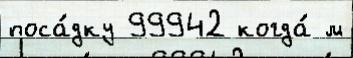
поса́дку 99942 когда́ м